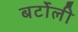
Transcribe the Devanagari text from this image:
बर्टोली